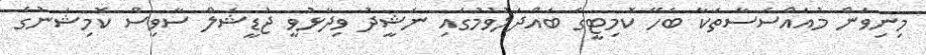
މިނިވަން މުއައްސަސާތަކާ ބެހޭ ކޮމިޓީގެ ބައްދަލުވުމުގައި ނަޝީދު ވިދާޅުވީ ޖުޑީޝަލް ސާވިސް ކޮމިޝަނުގެ